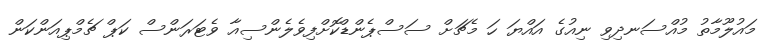
މައުލޫމާތު މުއްސަނދިވި ނިއުގެ އައްޔަ ހަ މެޗަށް ސަސްޕެންޑްކޮށްފިވެލެންސިއާ ވެޓަރަންސް ކަޕް ޗެމްޕިއަންކަން